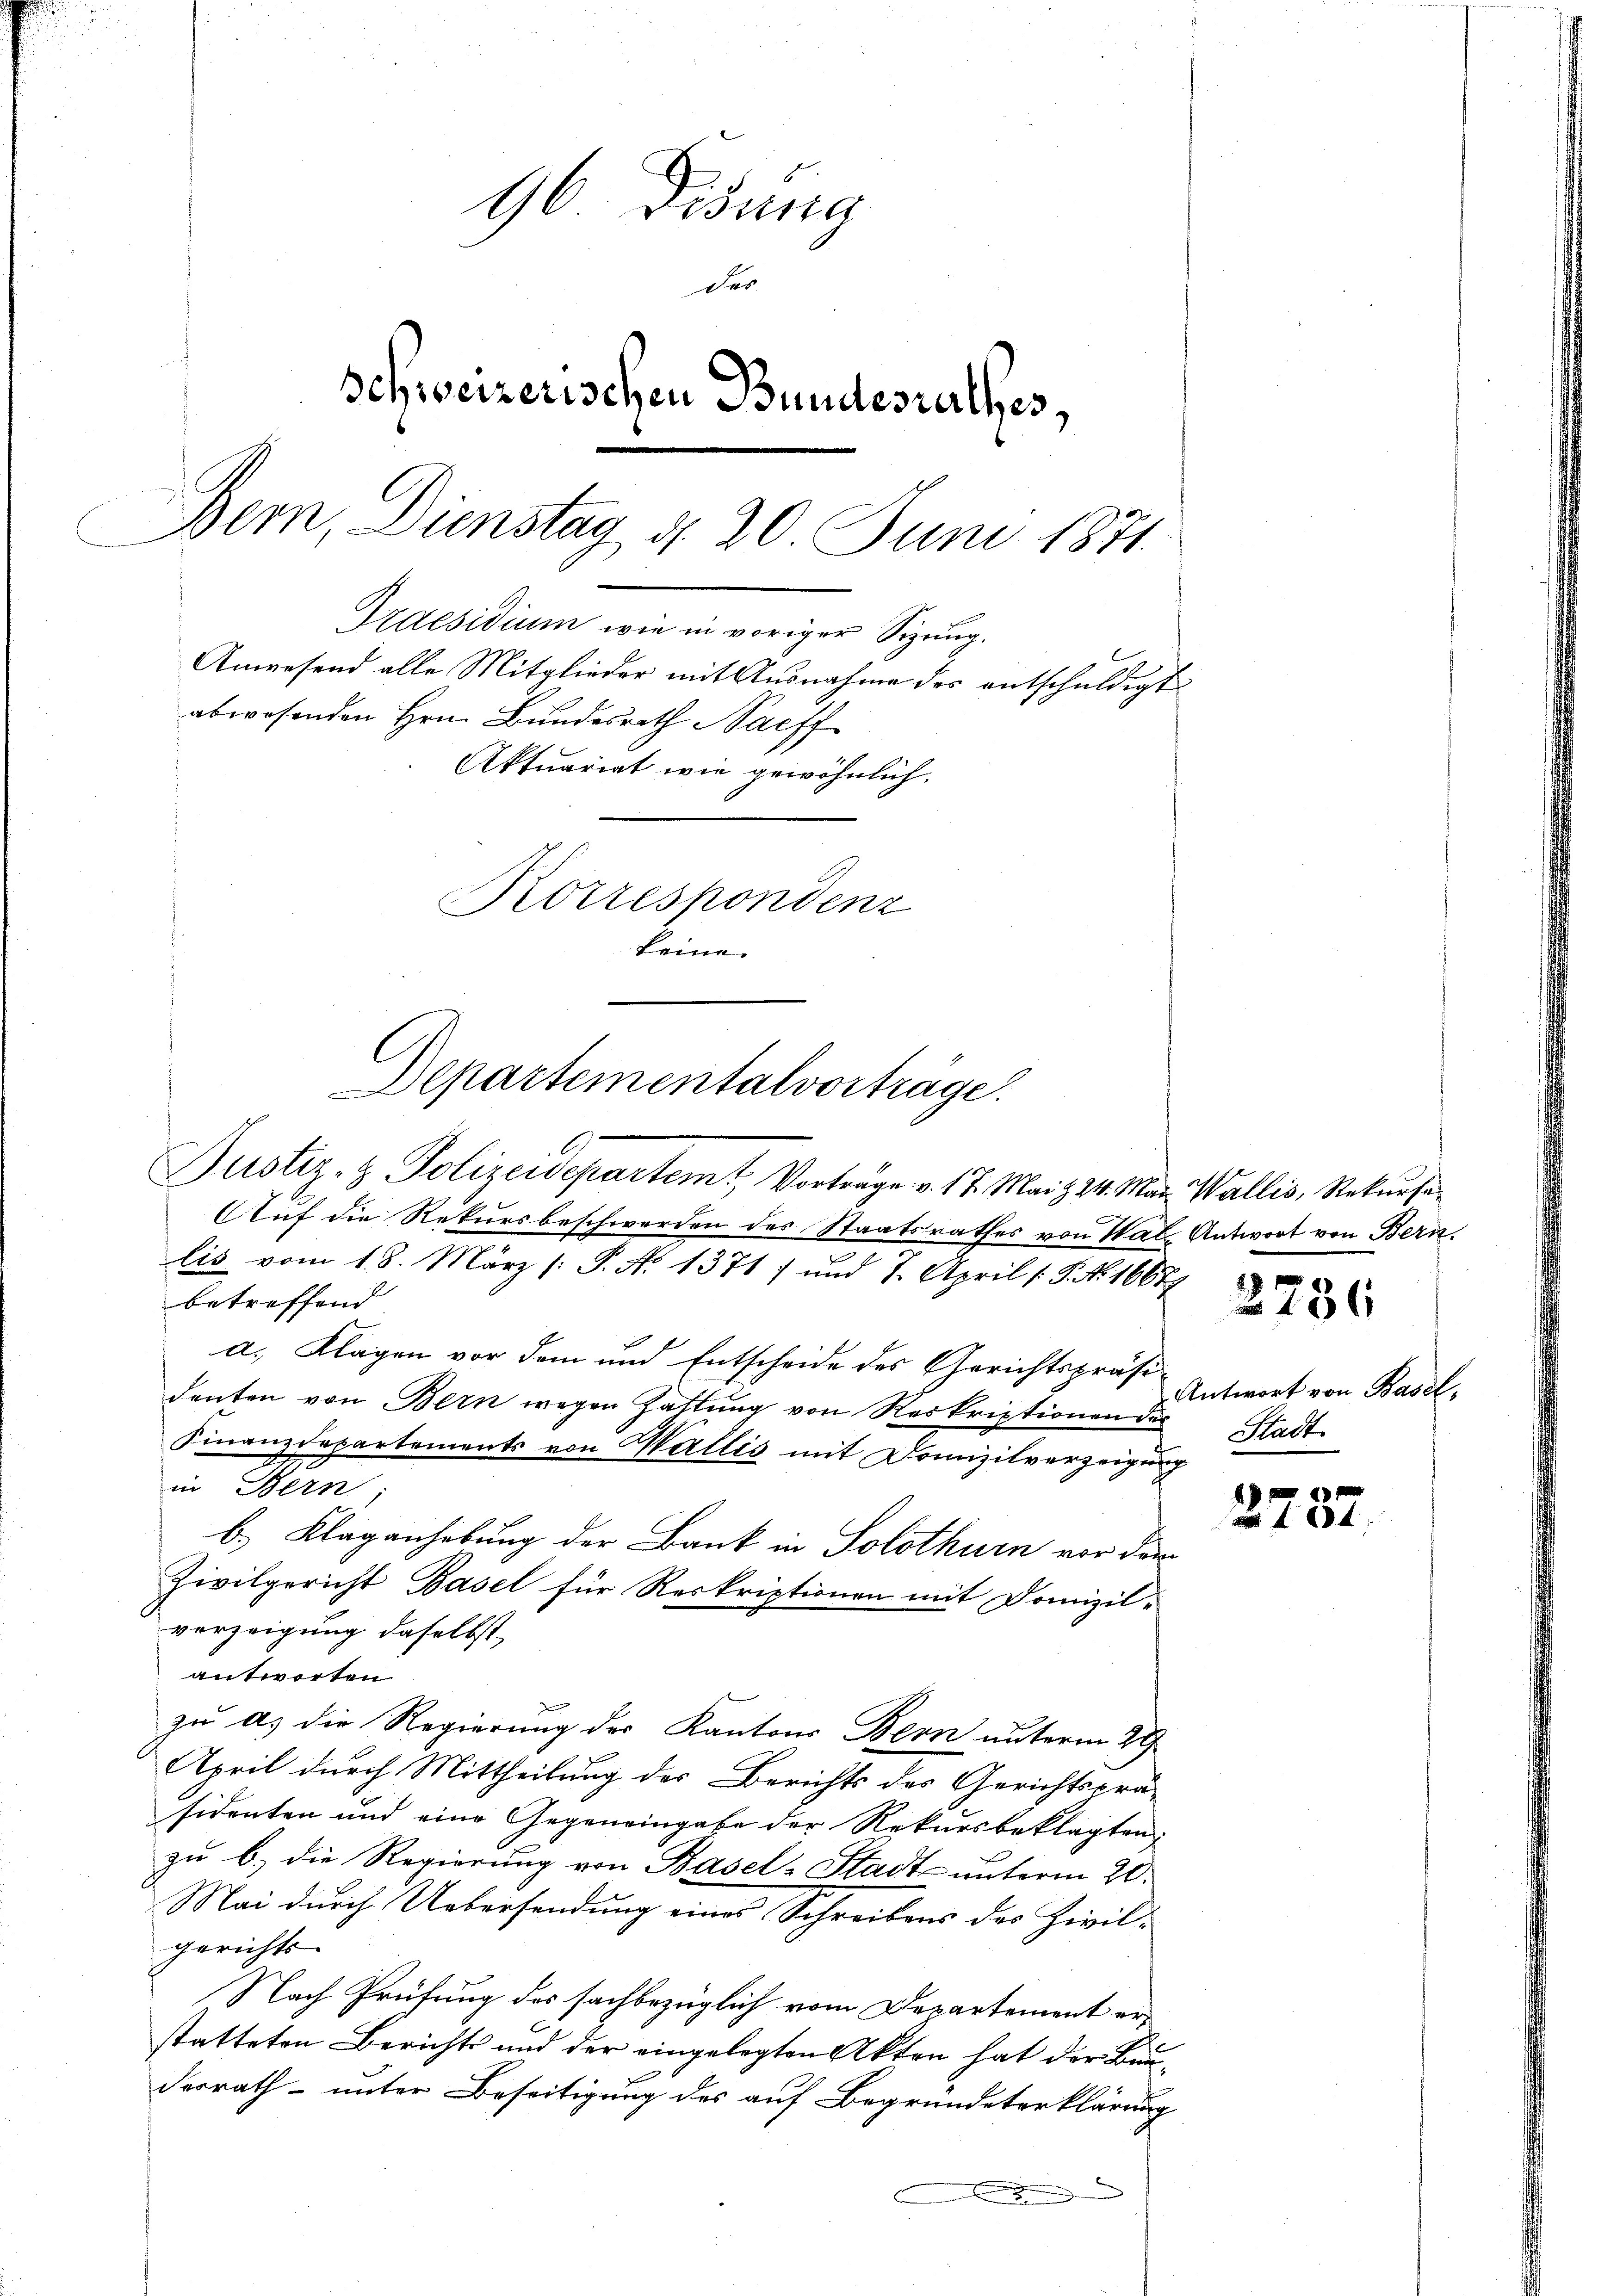
96 Didung
das
Schweizerischen Bundesrathes,
Bern, Dienstag d. 20 Juni 1871.
Praesidium wie in voriger Sizung.
Anwesend alle Mitglieder mit Ausnahme des entschuldigt
abwesenden Hrn. Bundesrath Saeff
Aktuariat wie gewöhnlich.
Korrespondenz
keine

Departementalvorträge.

Justiz- & Polizeidepartem Vorträge v. 17. Mai & 24. Mar. Wallis, Rekursa
Auf die Rekursbeschwerden des Staatsrathes von Walz Antwort von Bern,
lis vom 18. März [ P. No. 13717 und 7. April (S. Nr. 16677
betreffend
a. Klagen vor dem und Entscheide des Gerichtspräsidenten von Bern wegen Gattung von Reskriptionen de
Finanzdepartements von Wallis mit Domizilverzeigung
in Bern;
b.) Klaganhebung der Bank in Solothurn vor dem
Zivilgericht Basel für Reskriptionen mit Domizilvorzeigung daselbst,
antworten
zu a. die Regierung des Kantons Bern unterm 29.
April durch Mittheilung des Berichts des Gerichtsprä-
sidenten und eine Gegeneingabe der Rekursbeklagten.
zŭ b.) die Regierung von Basel-Stadt- unterm 20.
Mai durch Uebersendung eines Schreibens des Zivilgerichts
Nach Prüfung des sachbezüglich vom Departement erstatteten Berichts und der eingelegten Akten hat der Bauderrath unter Beseitigung des auf Begründeterklärung

2236

Antwort von Basel.
Stadt

404.